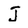
Character: J